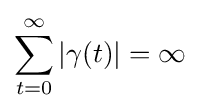
\sum _{t=0}^{\infty }|\gamma (t)|=\infty